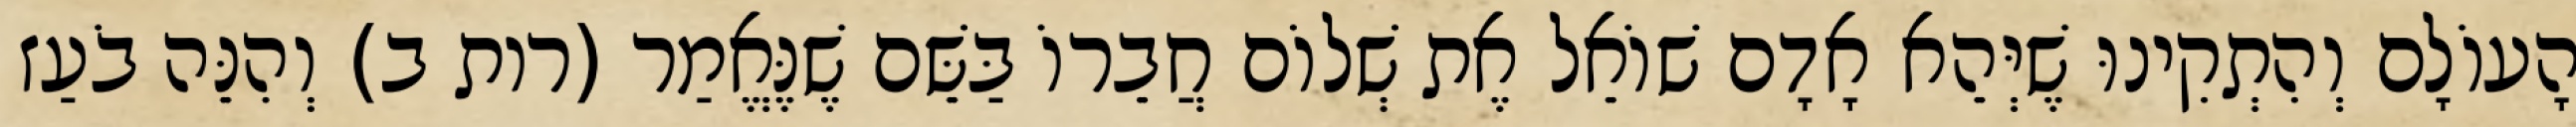
הָעוֹלָם וְהִתְקִינוּ שֶׁיְּהֵא אָדָם שׁוֹאֵל אֶת שְׁלוֹם חֲבֵרוֹ בַּשֵּׁם שֶׁנֶּאֱמַר (רות ב) וְהִנֵּה בֹעַז